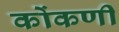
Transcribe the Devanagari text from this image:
कोंकणीं